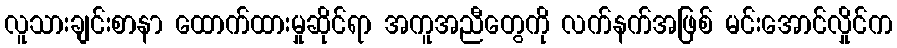
လူသားချင်းစာနာ ထောက်ထားမှုဆိုင်ရာ အကူအညီတွေကို လက်နက်အဖြစ် မင်းအောင်လှိုင်က